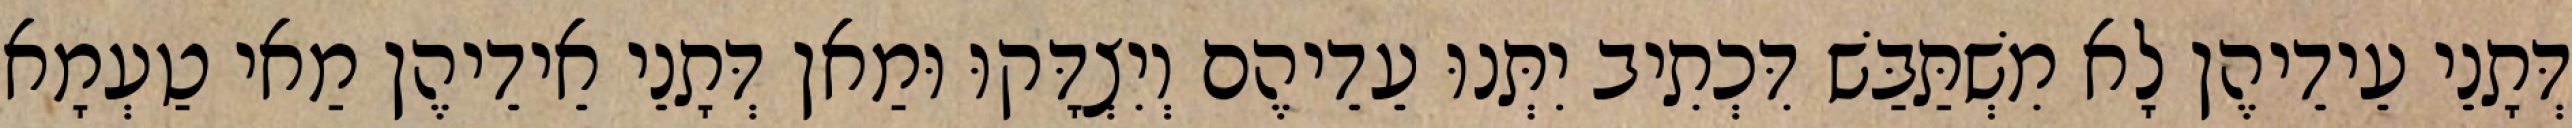
דְּתָנֵי עֵידֵיהֶן לָא מִשְׁתַּבַּשׁ דִּכְתִיב יִתְּנוּ עֵדֵיהֶם וְיִצְדָּקוּ וּמַאן דְּתָנֵי אֵידֵיהֶן מַאי טַעְמָא